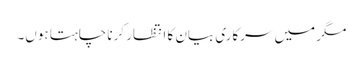
مگر میں سرکاری بیان کا انتظار کرنا چاہتا ہوں۔